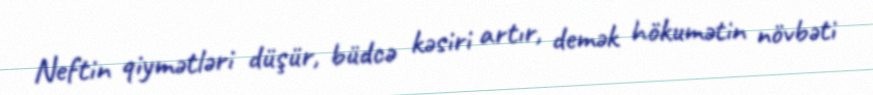
Neftin qiymətləri düşür, büdcə kəsiri artır, demək hökumətin növbəti